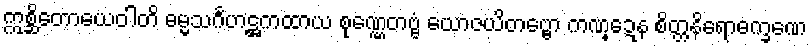
ဣစ္ဆိတောယေဝါတိ ဓမ္မသင်္ဂဟဋ္ဌကထာယ စုဏ္ဏေတဗ္ဗံ ယောဇယိတဗ္ဗော ကဏ္ဍေန စိတ္တနိရောဓက္ခဏေ